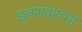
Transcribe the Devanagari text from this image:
इतरांवरच्या